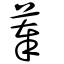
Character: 菶